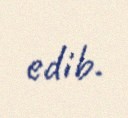
edib.